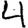
Digit: 4